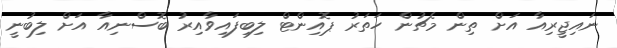
ނައިޖީރިއާ އަށް ތިން މެޗުން ހަތަރު ޕޮއިންޓް ލިބިފައިވާއިރު ބޮސްނިއާ އަށް ލިބުނީ